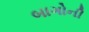
બાગોની